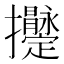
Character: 𢺫